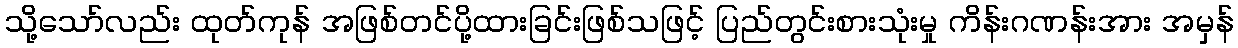
သို့သော်လည်း ထုတ်ကုန် အဖြစ်တင်ပို့ထားခြင်းဖြစ်သဖြင့် ပြည်တွင်းစားသုံးမှု ကိန်းဂဏန်းအား အမှန်